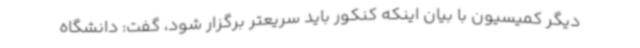
دیگر کمیسیون با بیان اینکه کنکور باید سریعتر برگزار شود، گفت: دانشگاه